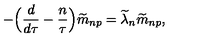
- \Bigr ( { \frac { d } { d \tau } } - { \frac { n } { \tau } } \Bigr ) { \widetilde m } _ { n p } = { \widetilde \lambda } _ { n } { \widetilde m } _ { n p } ,